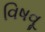
વિષવૂ